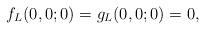
LaTeX: \begin{align*}f_L(0,0;0) = g_L(0,0;0) = 0,\end{align*}